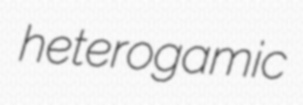
heterogamic